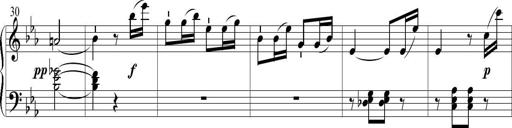
Title: 6 Leichte Sonatinen, Teil 1
Composer: F. Sigismund Sander